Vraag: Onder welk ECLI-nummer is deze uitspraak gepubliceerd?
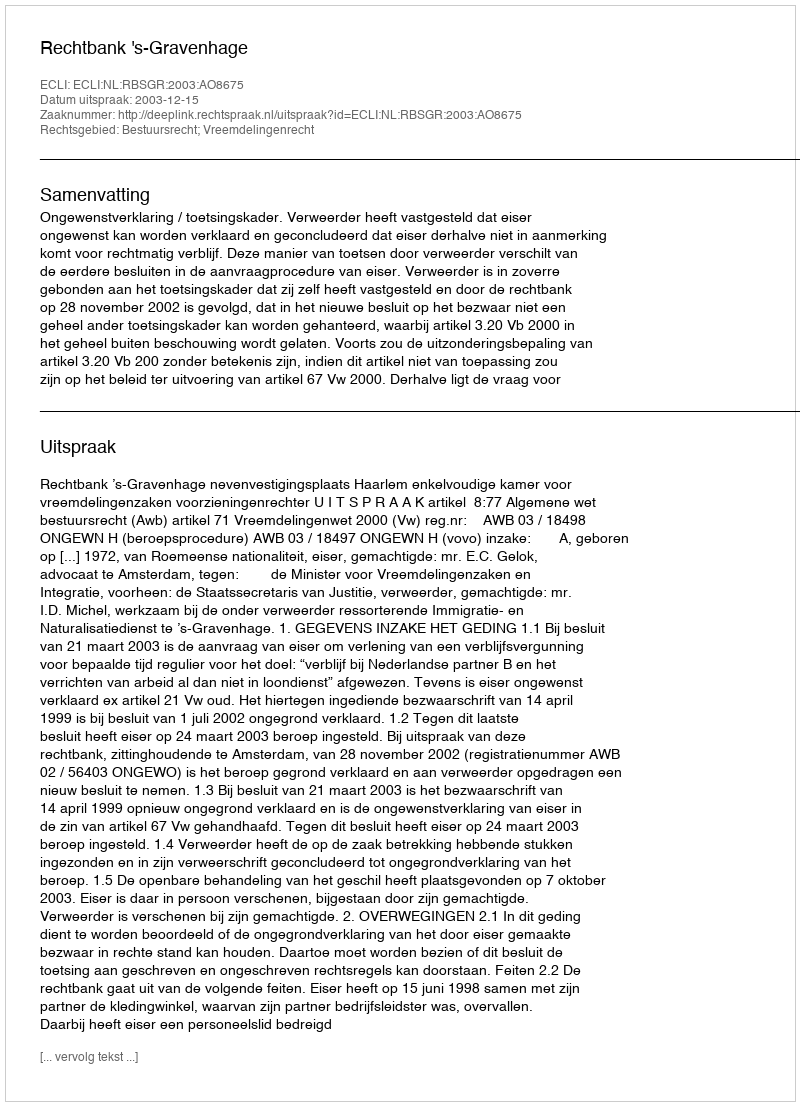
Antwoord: ECLI:NL:RBSGR:2003:AO8675